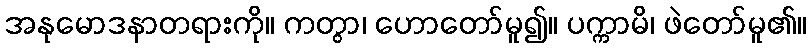
အနုမောဒနာတရားကို။ ကတွာ၊ ဟောတော်မူ၍။ ပက္ကာမိ၊ ဖဲတော်မူ၏။